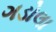
ગડોલા